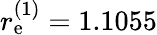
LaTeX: r_{\mathrm{e}}^{(1)}=1.1055